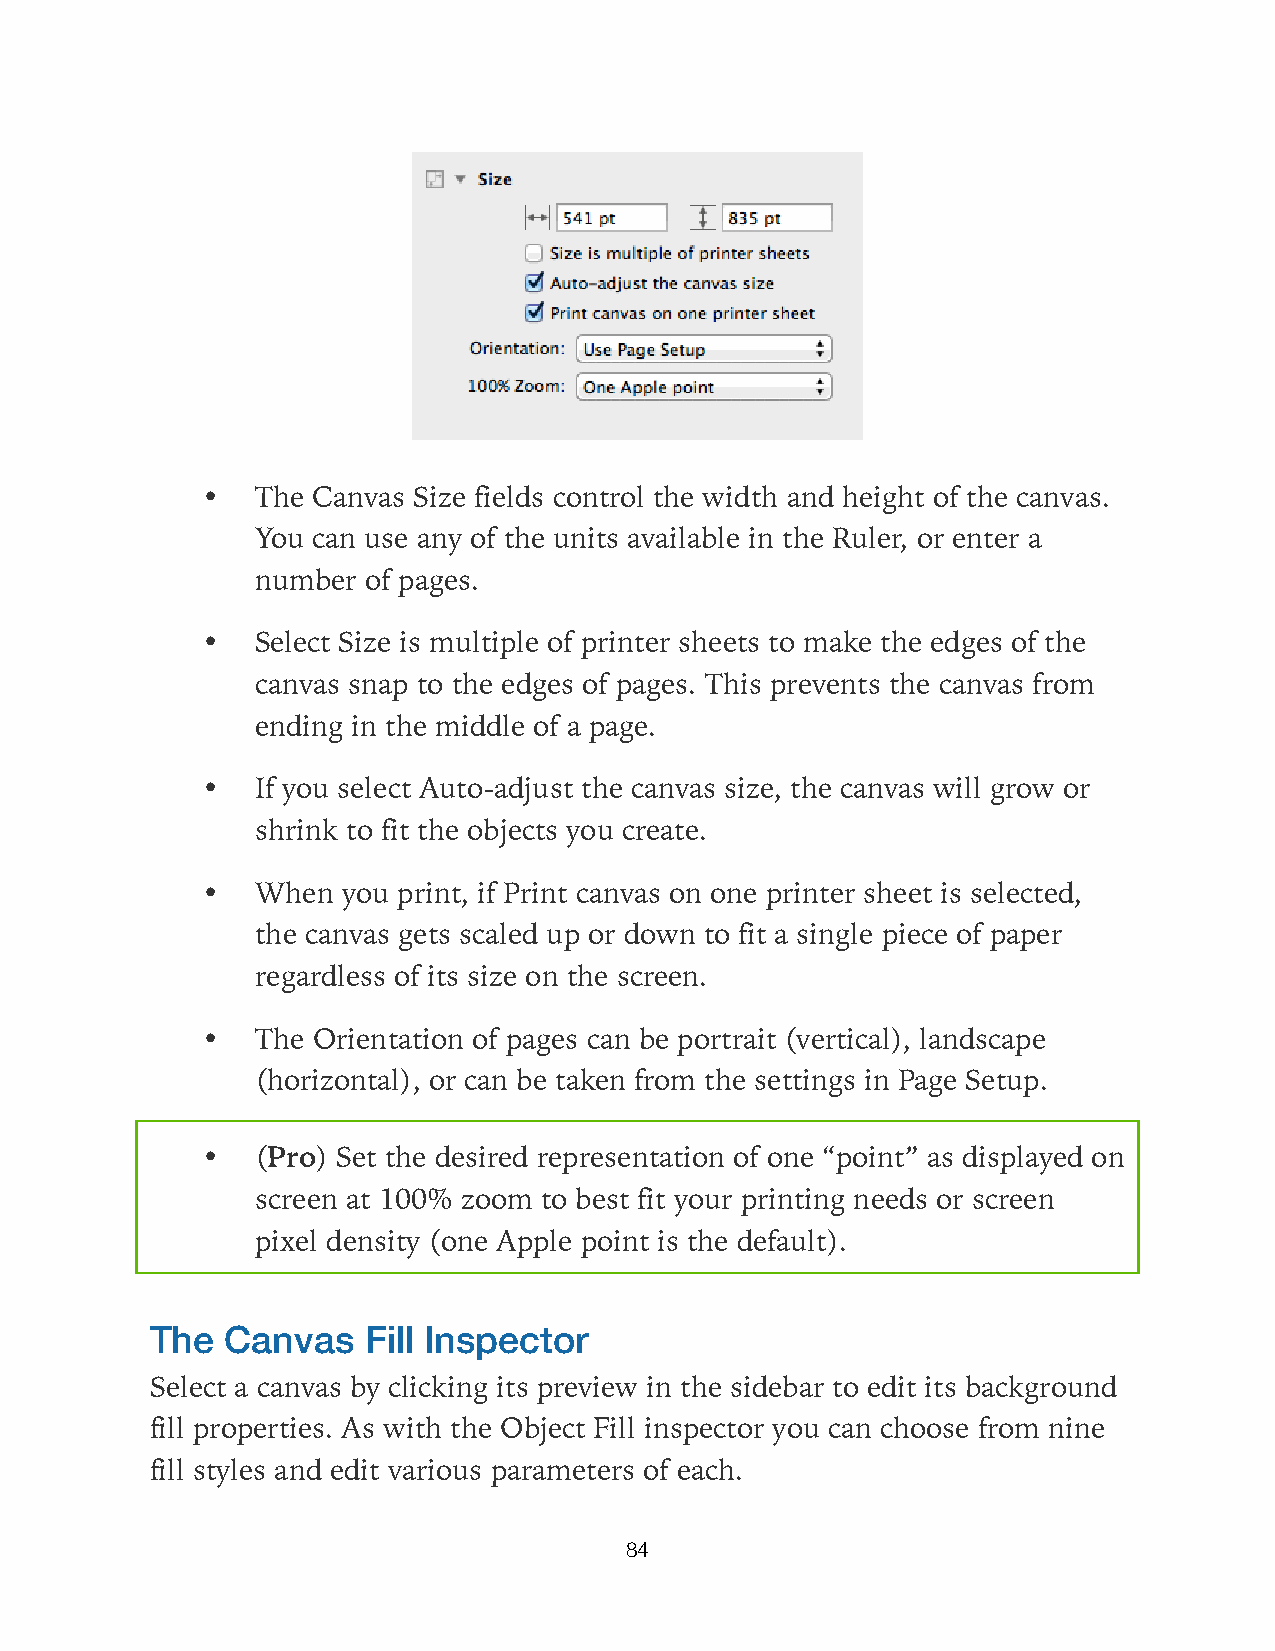
•   The Canvas Size fields control the width and height of the canvas.
 You can use any of the units available in the Ruler, or enter a
 number of pages.
 •   Select Size is multiple of printer sheets to make the edges of the
 canvas snap to the edges of pages. This prevents the canvas from
 ending in the middle of a page.
 •   If you select Auto-adjust the canvas size, the canvas will grow or
 shrink to fit the objects you create.
 •   When  you print, if Print canvas on one printer sheet is selected,
 the canvas gets scaled up or down to fit a single piece of paper
 regardless of its size on the screen.
 •   The Orientation of pages can be portrait (vertical), landscape
 (horizontal), or can be taken from the settings in Page Setup.
 •   (Pro) Set the desired representation of one “point” as displayed on
 screen at 100% zoom to best fit your printing needs or screen
 pixel density (one Apple point is the default).
 The  Canvas   Fill Inspector
 Select a canvas by clicking its preview in the sidebar to edit its background
 fill properties. As with the Object Fill inspector you can choose from nine
 fill styles and edit various parameters of each.
 84